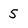
Character: 5